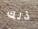
ذلك